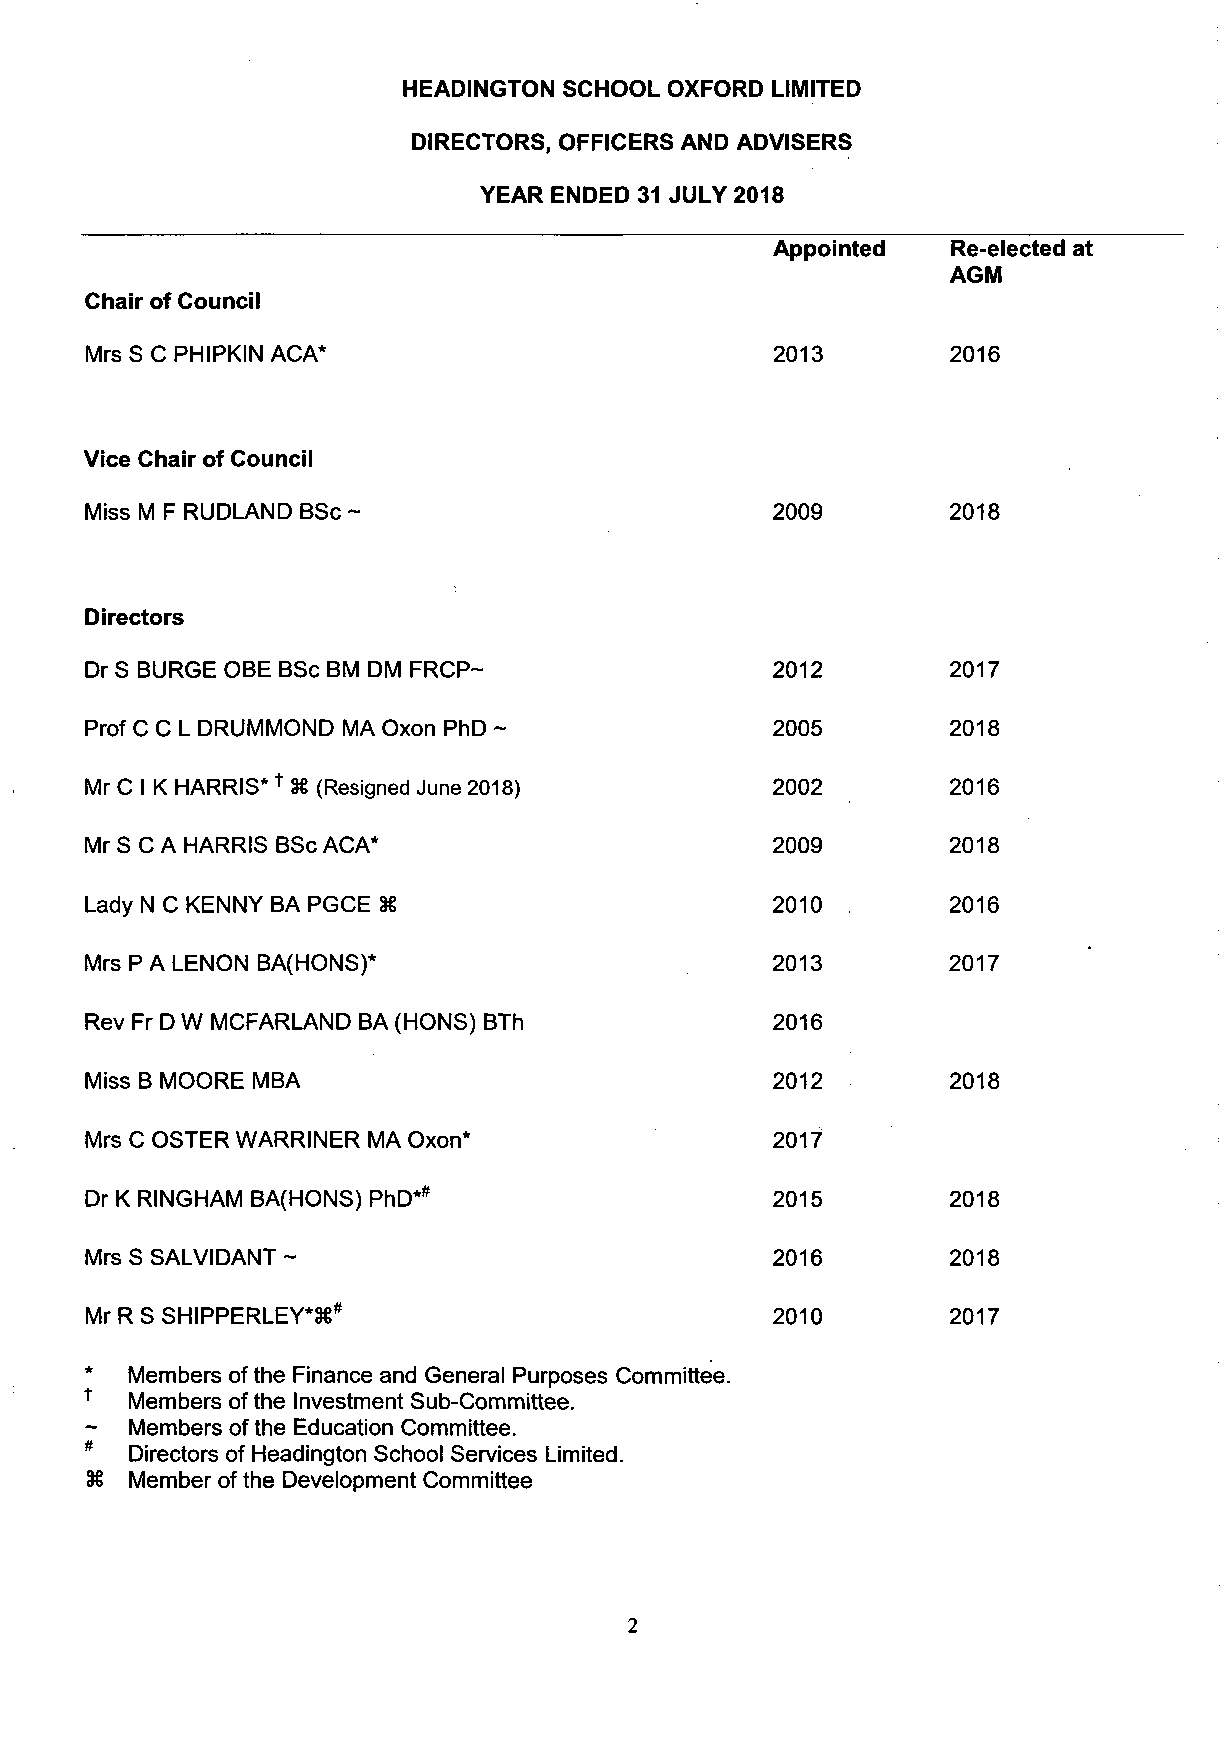
HEADINGTON SCHOOL OXFORD LIMITED
 DIRECTORS, OFFICERS AND ADVISERS
 YEAR ENDED 31 JULY 2018
 Appointed   Re-elected at
 AGM
 Chair of Council
 Mrs S C PHIPKIN ACA*                         2013        2016
 Vice Chair of Council
 Miss M F RUDLAND BSc                         2009        2018
 Directors
 Dr S BURGE OBE BSc BM DM FRCP-               2012        2017
 Prof C C L DRUMMOND MA Oxon PhD ~            2005        2018
 Mr C I K HARRIS* * 3§ (Resigned June 2018)    2002       2016
 Mr S C A HARRIS BSc ACA*                     2009        2018
 Lady N C KENNY BA PGCE 3€                    2010        2016
 Mrs P A LENON BA(HONS)*                      2013        2017
 Rev Fr D W MCFARLAND BA (HONS) BTh           2016
 Miss B MOORE MBA                             2012        2018
 Mrs C OSTER WARRINER MA Oxon*                2017
 Dr K RINGHAM BA(HONS) PhD*#                  2015        2018
 Mrs S SALVIDANT ~                            2016        2018
 Mr R S SHIPPERLEY*3€#                       2010         2017
 *  Members ofthe Finance and General Purposes Committee.
 *  Members of the Investment Sub-Committee.
 -  Members of the Education Committee.
 *  Directors of Headington School Services Limited.
 3§ Member of the Development Committee
 2